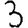
Digit: 3